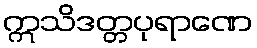
ဣသိဒတ္တပုရာဏေ